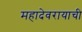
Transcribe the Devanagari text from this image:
महादेवरायाची